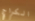
الكراج